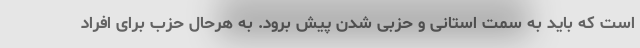
است که باید به سمت استانی و حزبی شدن پیش برود. به هرحال حزب برای افراد